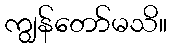
ကျွန်တော်မသိ။